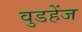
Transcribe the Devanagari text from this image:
वुडहेंज